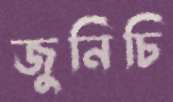
জুনিচি